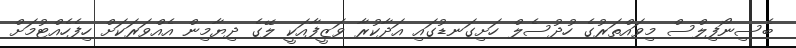
ބެސިނޯފިލްސް މިވައްތަރުގެ ހުދުސެލް ހަށިގަނޑުގައި އަދާކުރާ ވަޒީފާއަކީ ލޭގެ ދިޔާމިން އެއްވަރަކަށް ހިފެހެއްޓުމަށް